Sketch of the medical history of the native army of Bombay, for the year
Year: 1870
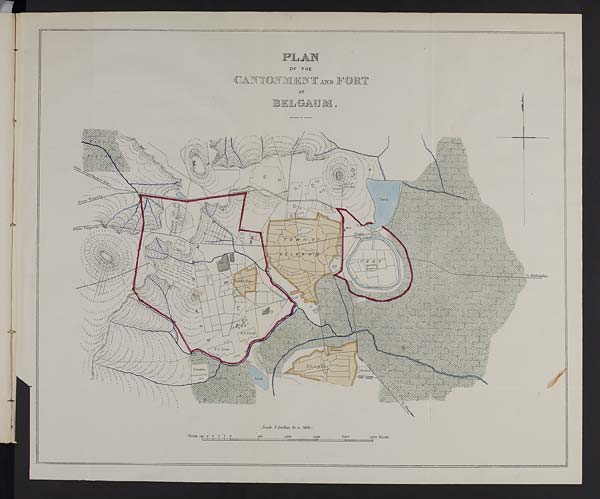
PL
OF THE
N M E N T A N D
F O R T
AT
A
U M .